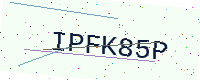
Text: IPFK85P